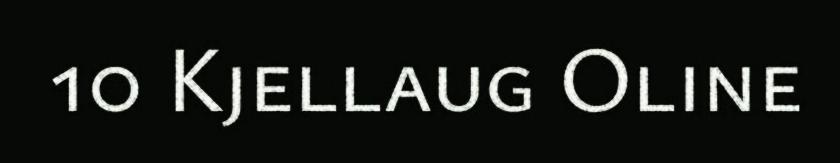
10 Kjellaug Oline